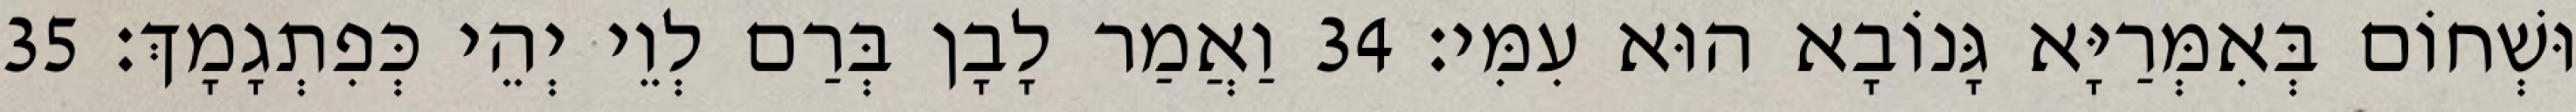
וּשְׁחוֹם בְּאִמְּרַיָּא גָּנוֹבָא הוּא עִמִּי׃ 34 וַאֲמַר לָבָן בְּרַם לְוֵי יְהֵי כְּפִתְגָמָךְ׃ 35